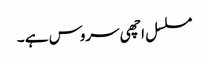
مسلسل اچھی سروس ہے ۔